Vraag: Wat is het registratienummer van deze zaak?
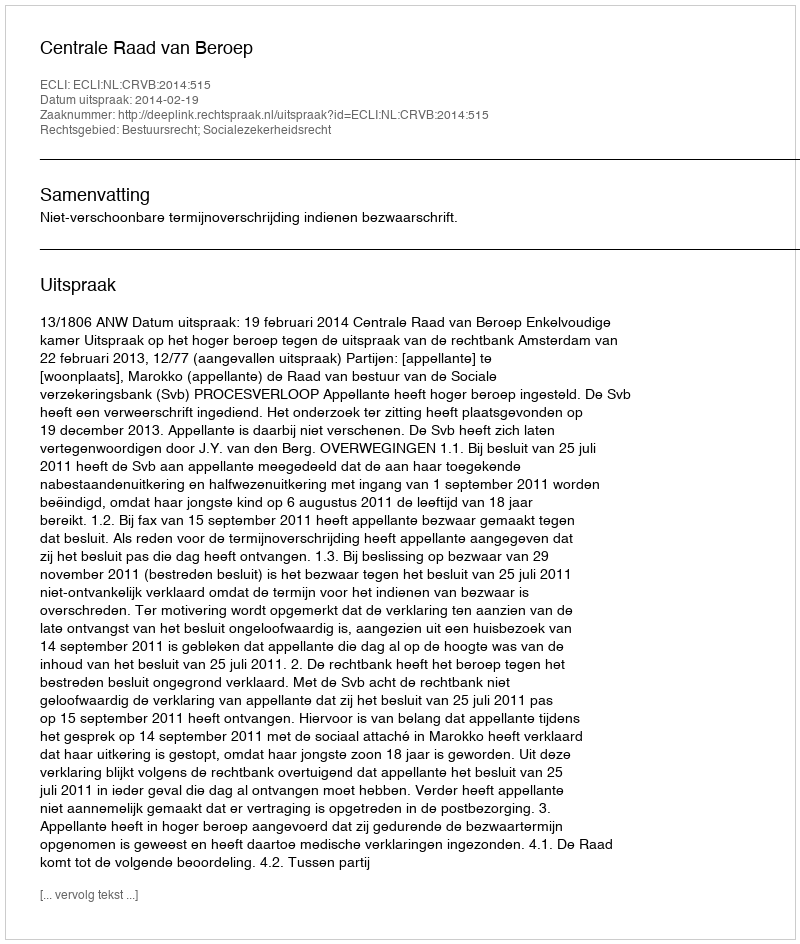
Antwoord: http://deeplink.rechtspraak.nl/uitspraak?id=ECLI:NL:CRVB:2014:515